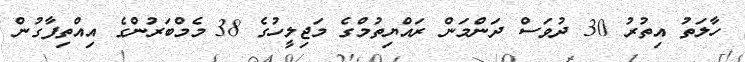
ހާލަތު އިތުރު 30 ދުވަސް ދަންމަން ރައްޔިތުމްގެ މަޖިލީހުގެ 38 މެމްބަރުންގެ އިއްތިފާގުން